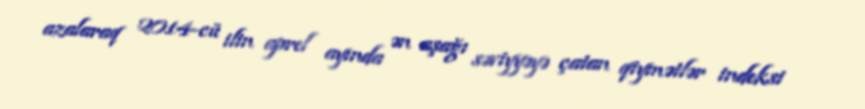
azalaraq 2014-cü ilin aprel ayında ən aşağı səviyyəyə çatan qiymətlər indeksi